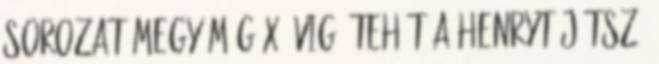
sorozat megy még x évig, tehát a Henryt játszó